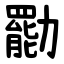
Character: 㔥